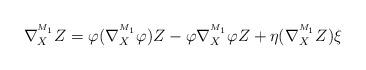
LaTeX: \begin{align*}\nabla^{^{M_1}}_{X}Z=\varphi(\nabla^{^{M_1}}_{X}\varphi)Z-\varphi\nabla^{^{M_1}}_{X}\varphi Z+\eta(\nabla^{^{M_1}}_{X}Z)\xi\end{align*}